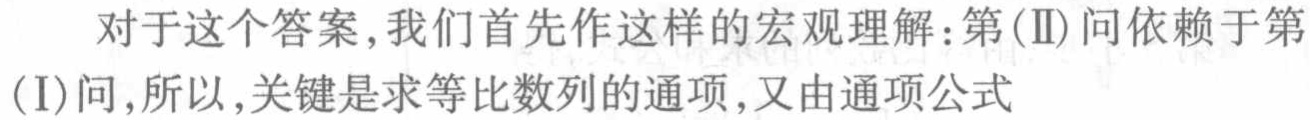
对于这个答案,我们首先作这样的宏观理解：第(Ⅱ)问依赖于第(Ⅰ)问,所以,关键是求等比数列的通项,又由通项公式